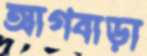
আগবাড়া